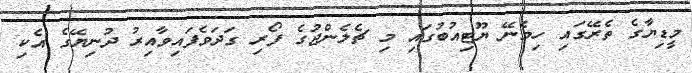
މީޑިޔާގެ ތެރޭގައި ހިމެނޭ ޔޫޓިއުބުގައި މި ޗެލެންޖުގެ ފޯރި ގަދަވެފައިވާއިރު ދުނިޔޭގެ އެކި